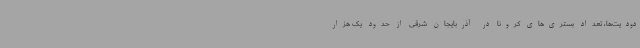
دودیت‌ها، تعداد بستری‌های کرونا در آذربایجان شرقی از حدود یک هزار